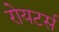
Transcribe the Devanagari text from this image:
रोयटर्स